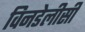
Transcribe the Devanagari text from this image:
विनडेलीसी